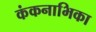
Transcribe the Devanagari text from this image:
कंकनाभिका